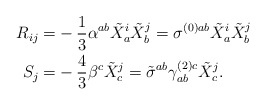
\begin{align*}R_{ij}=& -\frac{1}{3}\alpha^{ab} \tilde{X}_a^i \tilde{X}_b^j =\sigma^{(0) ab}\tilde{X}^i_a \tilde{X}^j_b \\S_j=&-\frac{4}{3} \beta^c \tilde X_c^j=\tilde{\sigma}^{ab} \gamma_{ab}^{(2)c} \tilde{X}^j_c.\end{align*}